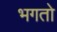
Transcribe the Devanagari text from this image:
भगतो